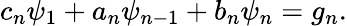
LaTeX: c_{n}\psi_{1}+a_{n}\psi_{n-1}+b_{n}\psi_{n}=g_{n}.